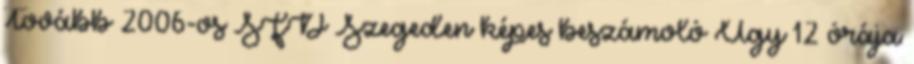
Tovább 2006-os SFD Szegeden képes beszámoló Úgy 12 órája